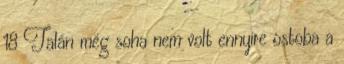
18 Talán még soha nem volt ennyire ostoba a